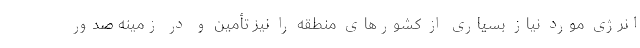
انرژی مورد نیاز بسیاری از کشورهای منطقه را نیز تأمین و در زمینه صدور